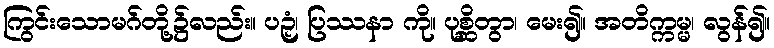
ကြွင်းသောမဂ်တို့၌လည်း။ ပဉှံ၊ ပြဿနာ ကို။ ပုစ္ဆိတွာ၊ မေး၍။ အတိက္ကမ္မ၊ လွန်၍။